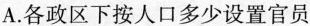
A.各政区下按人口多少设置官员